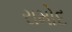
રામોદ